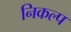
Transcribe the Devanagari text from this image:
निकल्प